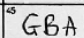
Transcription: GBA